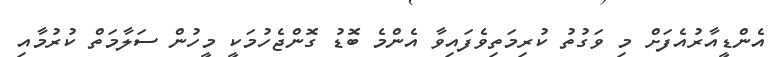
އެންޑީއާރުއެފަށް މި ވަގުތު ކުރިމަތިވެފައިވާ އެންމެ ބޮޑު ގޮންޖެހުމަކީ މީހުން ސަލާމަތް ކުރުމާއި